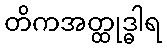
တိကအတ္ထုဒ္ဓါရ